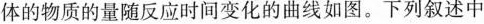
体的物质的量随反应时间变化的曲线如图。下列叙述中